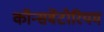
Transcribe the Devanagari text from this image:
कॉन्सर्वेटोरियम